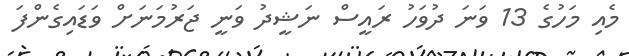
މެއި މަހުގެ 13 ވަނަ ދުވަހު ރައީސް ނަޝީދު ވަނީ ޖަރުމަނަށް ވަޑައިގެންފަ